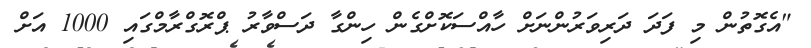
"އެގޮތުން މި ފަދަ ދަރިވަރުންނަށް ހާއްސަކޮށްގެން ހިންގާ ދަސްވާރު ޕްރޮގްރާމްގައި 1000 އަށް